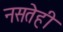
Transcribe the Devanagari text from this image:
नसतेही